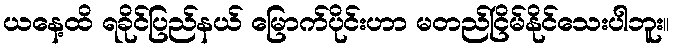
ယနေ့ထိ ရခိုင်ပြည်နယ် မြောက်ပိုင်းဟာ မတည်ငြိမ်နိုင်သေးပါဘူး။